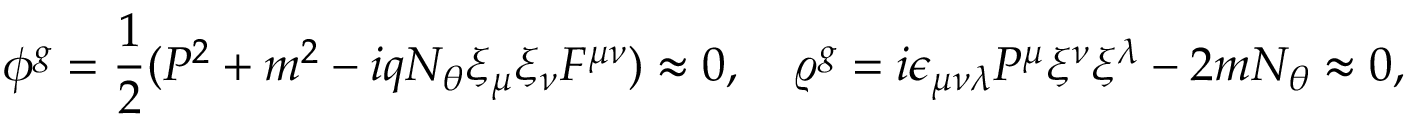
\phi ^ { g } = \frac { 1 } { 2 } ( { \cal P } ^ { 2 } + m ^ { 2 } - i q N _ { \theta } \xi _ { \mu } \xi _ { \nu } { \cal F } ^ { \mu \nu } ) \approx 0 , \quad \varrho ^ { g } = i \epsilon _ { \mu \nu \lambda } { \cal P } ^ { \mu } \xi ^ { \nu } \xi ^ { \lambda } - 2 m N _ { \theta } \approx 0 ,